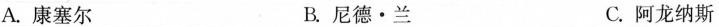
A. 康塞尔 B. 尼德·兰 C. 阿龙纳斯